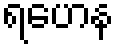
ရဟေန